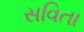
સવિતા